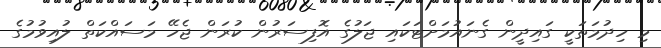
މި ހިދުމަތަކީ ގައިދީން ގެނައުމަށްޓަކައި ޖަލުގެ އޮފިސަރުން ކުރަން ޖެހޭ މަސައްކަތް ލުއިވުމުގެ